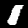
Label: 1